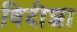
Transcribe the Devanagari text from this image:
विदीशा